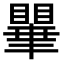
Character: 𭿥